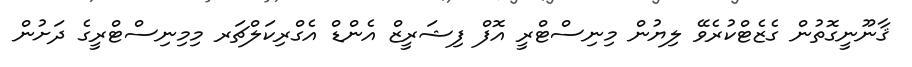
ޤާނޫނީގޮތުން ގެޒެޓްކުރެވޭ ލިޔުން މިނިސްޓްރީ އޮފް ފިޝަރީޒް އެންޑް އެގްރިކަލްޗަރ މިމިނިސްޓްރީގެ ދަށުން